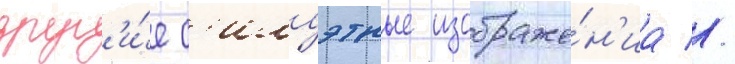
друг'и́е с'илуэтные изображе́н'иа //